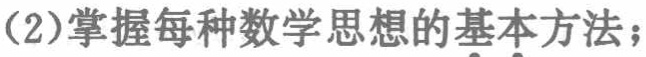
(2)掌握每种数学思想的基本方法；